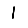
Digit: 1